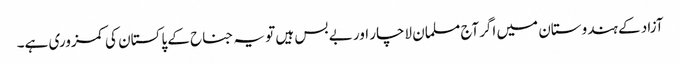
آزاد کے ہندوستان میں اگرآج مسلمان لاچار اور بے بس ہیں تو یہ جناح کے پاکستان کی کمزوری ہے۔